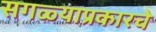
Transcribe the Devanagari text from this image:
सगळ्याप्रकारचे